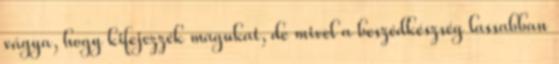
vágya, hogy kifejezzék magukat, de mivel a beszédkészség lassabban